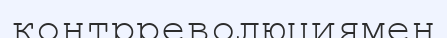
контрреволюциямен